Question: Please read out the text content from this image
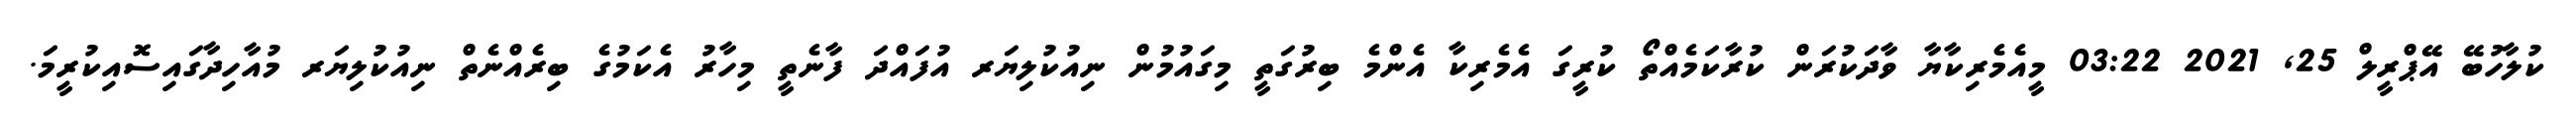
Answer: ކުލާހުބޭ އޭޕްރީލް 25, 2021 03:22 މީއެމެރިކާޔާ ވާދަކުރަން ކުރާކަމެއްތޯ ކުރީގަ އެމެރިކާ އެންމެ ބިރުގަތީ މިގައުމުން ނިއުކުލިޔަރ އުފައްދަ ފާނެތީ މިހާރު އެކަމުގެ ބިރެއްނެތް ނިއުކުލިޔަރ މުއާހިދާގައިސޮއިކުރީމަ.